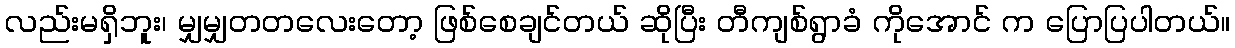
လည်းမရှိဘူး၊ မျှမျှတတလေးတော့ ဖြစ်စေချင်တယ် ဆိုပြီး တီကျစ်ရွာခံ ကိုအောင် က ပြောပြပါတယ်။